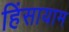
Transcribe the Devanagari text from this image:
हिंसायाम